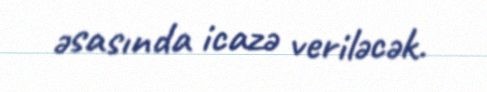
əsasında icazə veriləcək.